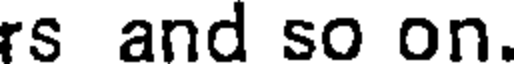
rs and so on.